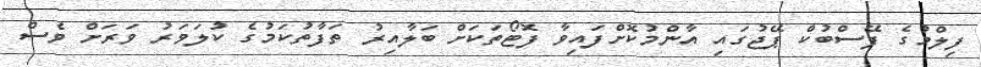
ފިލްމުގެ ފޭސްބުކް ޕޭޖުގައި އާންމުކޮށްފައިވާ ފޮޓޯތަކަށް ބަލާއިރު ތަފާތުކަމުގެ ކުލަވަރު ވަރަށް ވެސް